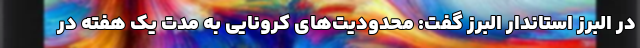
در البرز استاندار البرز گفت: محدودیت‌های کرونایی به مدت یک هفته در